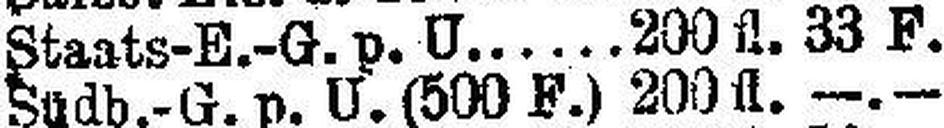
Staats-E.-G. p. U. 200 fl. 33 F.